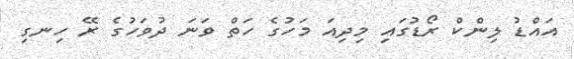
އައްޑު ލިންކް ރޯޑުގައި މިދިއަ މަހުގެ ހަތް ވަނަ ދުވަހުގެ ރޭ ހިނގި